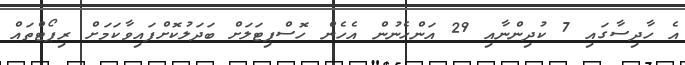
އެ ހާދިސާގައި 7 ކުދިންނާއި 29 އަންހެނުން އެހެން ހޮސްޕިޓަލަށް ބަދަލުކޮށްފައިވާކަމަށް ރިޕޯޓްތައް